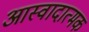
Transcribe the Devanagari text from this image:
आस्वादात्मक